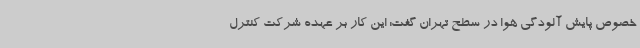
خصوص پایش آلودگی هوا در سطح تهران گفت: این کار بر عهده شرکت کنترل